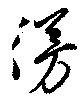
漫